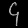
Digit: ၄